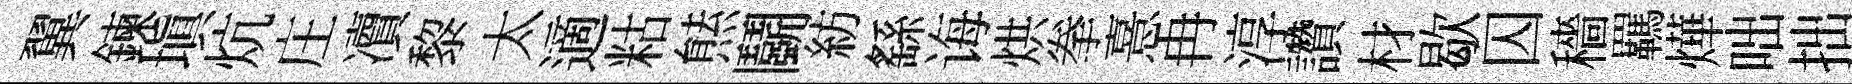
翼鍊塡炕庄凟黎太適䊀㷱鬬紡繇诲烘拳憙冉淳讚材歇囚穡羈燁咄拙